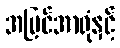
အမြင်အာရုံနှင့်